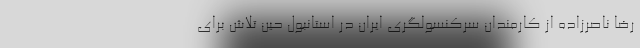
رضا ناصرزاده از کارمندان سرکنسولگری ایران در استانبول حین تلاش برای